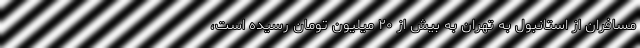
مسافران از استانبول به تهران به بیش از ۲۰ میلیون تومان رسیده است،